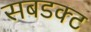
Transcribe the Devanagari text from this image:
सबडक्ट